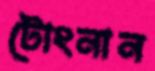
টোংনান